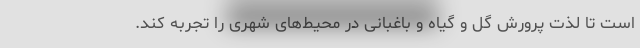
است تا لذت پرورش گل و گیاه و باغبانی در محیط‌های شهری را تجربه کند.